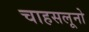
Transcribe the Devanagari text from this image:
चाहसलूनो